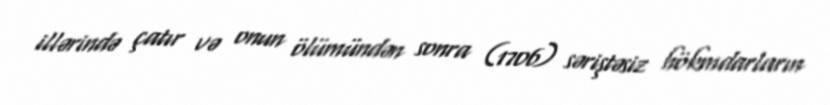
illərində çatır və onun ölümündən sonra (1706) səriştəsiz hökmdarların